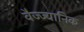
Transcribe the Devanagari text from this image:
वैज्ज्यानिक